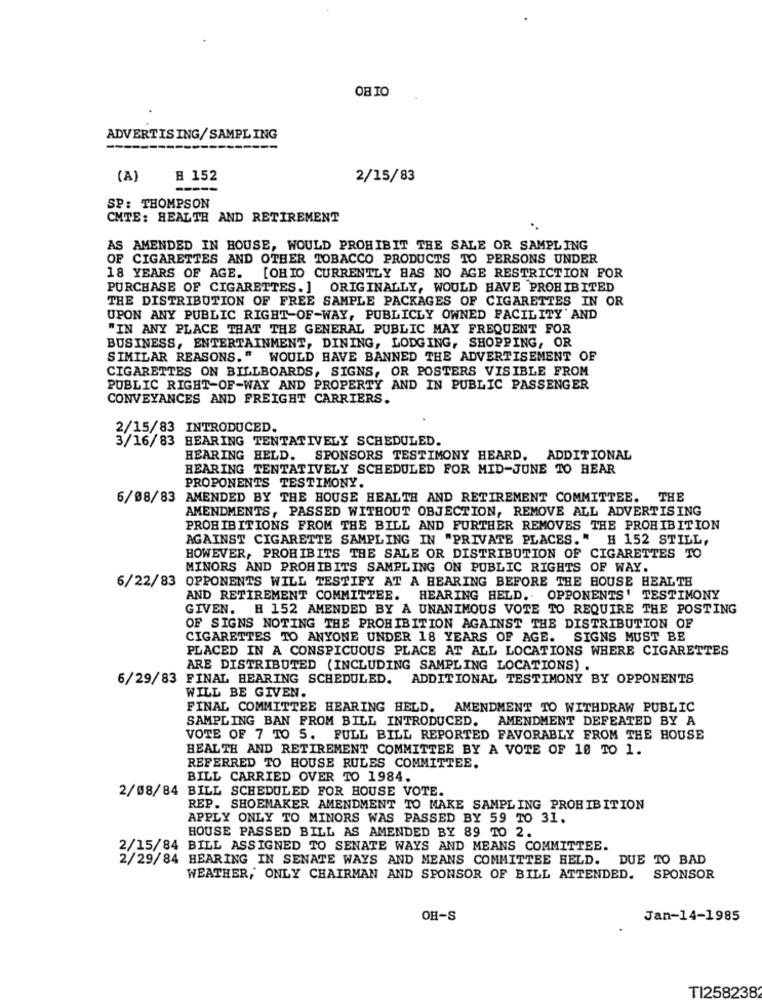
OHIO
ADVERTISING/ SAMPLING
(A)
B 152
2/15/83
SP: THOMPSON
CMTE: HEALTH AND RETIREMENT
AS AMENDED IN HOUSE, WOULD PROHIBIT THE SALE OR SAMPLING
OF CIGARETTES AND OTHER TOBACCO PRODUCTS TO PERSONS UNDER
18 YEARS OF AGE.
[OHIO CURRENTLY HAS NO AGE RESTRICTION FOR
PURCHASE OF CIGARETTES.] ORIGINALLY, WOULD HAVE PROHIBITED
THE DISTRIBUTION OF FREE SAMPLE PACKAGES OF CIGARETTES IN OR
UPON ANY PUBLIC RIGHT-OF-WAY, PUBLICLY OWNED FACILITY' AND
"IN ANY PLACE THAT THE GENERAL PUBLIC MAY FREQUENT FOR
BUSINESS, ENTERTAINMENT, DINING, LODGING, SHOPPING, OR
SIMILAR REASONS." WOULD HAVE BANNED THE ADVERTISEMENT OF
CIGARETTES ON BILLBOARDS, SIGNS, OR POSTERS VISIBLE FROM
PUBLIC RIGHT-OF-WAY AND PROPERTY AND IN PUBLIC PASSENGER
CONVEYANCES AND FREIGHT CARRIERS.
2/15/83 INTRODUCED.
3/16/83 HEARING TENTATIVELY SCHEDULED.
HEARING HELD. SPONSORS TESTIMONY HEARD. ADDITIONAL
HEARING TENTATIVELY SCHEDULED FOR MID-JUNE TO HEAR
PROPONENTS TESTIMONY.
6/08/83 AMENDED BY THE HOUSE HEALTH AND RETIREMENT COMMITTEE. THE
AMENDMENTS, PASSED WITHOUT OBJECTION, REMOVE ALL ADVERTISING
PROHIBITIONS FROM THE BILL AND FURTHER REMOVES THE PROHIBITION
AGAINST CIGARETTE SAMPLING IN "PRIVATE PLACES." # 152 STILL,
HOWEVER, PROHIBITS THE SALE OR DISTRIBUTION OF CIGARETTES TO
MINORS AND PROHIBITS SAMPLING ON PUBLIC RIGHTS OF WAY.
6/22/83 OPPONENTS WILL TESTIFY AT A HEARING BEFORE THE HOUSE HEALTH
AND RETIREMENT COMMITTEE. HEARING HELD. OPPONENTS' TESTIMONY
GIVEN. # 152 AMENDED BY A UNANIMOUS VOTE TO REQUIRE THE POSTING
OF SIGNS NOTING THE PROHIBITION AGAINST THE DISTRIBUTION OF
CIGARETTES TO ANYONE UNDER 18 YEARS OF AGE. SIGNS MUST BE
PLACED IN A CONSPICUOUS PLACE AT ALL LOCATIONS WHERE CIGARETTES
ARE DISTRIBUTED (INCLUDING SAMPLING LOCATIONS) .
6/29/83 FINAL BEARING SCHEDULED. ADDITIONAL TESTIMONY BY OPPONENTS
WILL BE GIVEN.
FINAL COMMITTEE HEARING HELD. AMENDMENT TO WITHDRAW PUBLIC
SAMPLING BAN FROM BILL INTRODUCED. AMENDMENT DEFEATED BY A
VOTE OF 7 TO 5. FULL BILL REPORTED FAVORABLY FROM THE HOUSE
HEALTH AND RETIREMENT COMMITTEE BY A VOTE OF 10 TO 1.
REFERRED TO HOUSE RULES COMMITTEE.
BILL CARRIED OVER TO 1984.
2/08/84 BILL SCHEDULED FOR HOUSE VOTE.
REP. SHOEMAKER AMENDMENT TO MAKE SAMPLING PROHIBITION
APPLY ONLY TO MINORS WAS PASSED BY 59 TO 31.
HOUSE PASSED BILL AS AMENDED BY 89 TO 2.
2/15/84 BILL ASSIGNED TO SENATE WAYS AND MEANS COMMITTEE.
2/29/84 HEARING IN SENATE WAYS AND MEANS COMMITTEE HELD. DUE TO BAD
WEATHER, ONLY CHAIRMAN AND SPONSOR OF BILL ATTENDED. SPONSOR
OH-S
Jan-14-1985
TI258238